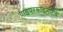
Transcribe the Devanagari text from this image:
हाइपरकाइनेटिक